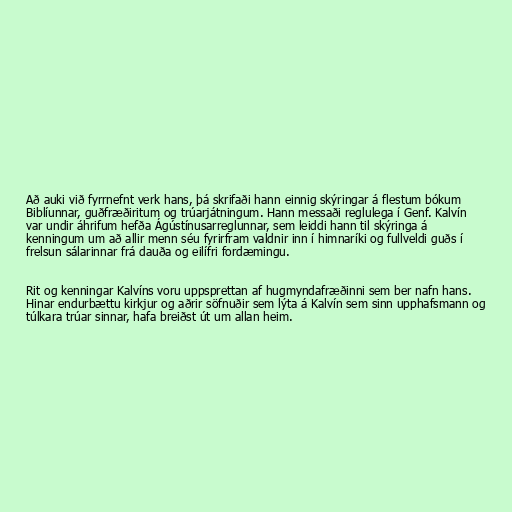
Að auki við fyrrnefnt verk hans, þá skrifaði hann einnig skýringar á flestum bókum
Biblíunnar, guðfræðiritum og trúarjátningum. Hann messaði reglulega í Genf. Kalvín
var undir áhrifum hefða Ágústínusarreglunnar, sem leiddi hann til skýringa á
kenningum um að allir menn séu fyrirfram valdnir inn í himnaríki og fullveldi guðs í
frelsun sálarinnar frá dauða og eilífri fordæmingu.

Rit og kenningar Kalvíns voru uppsprettan af hugmyndafræðinni sem ber nafn hans.
Hinar endurbættu kirkjur og aðrir söfnuðir sem lýta á Kalvín sem sinn upphafsmann og
túlkara trúar sinnar, hafa breiðst út um allan heim.